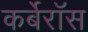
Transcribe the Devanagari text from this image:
कर्बेरॉस